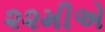
૨૨મીએ